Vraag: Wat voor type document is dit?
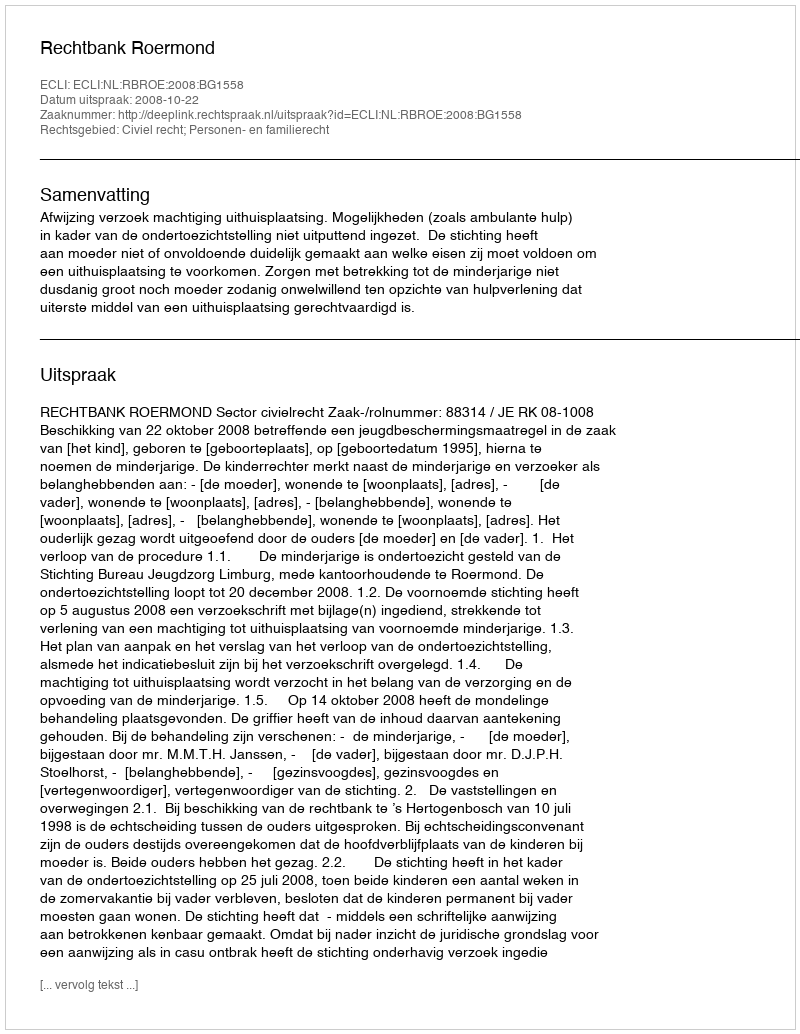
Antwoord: Uitspraak